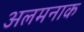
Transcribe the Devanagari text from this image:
अलमनाक